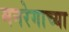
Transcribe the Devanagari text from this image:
मनरेगाच्या